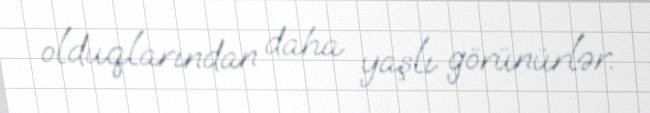
olduqlarından daha yaşlı görünürlər.